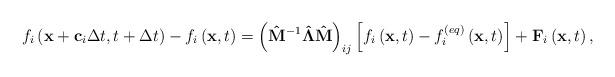
LaTeX: \begin{align*}{f_i}\left( {{\bf{x}} + {{\bf{c}}_i}\Delta t,t + \Delta t} \right) - {f_i}\left( {{\bf{x}},t} \right) = {\left( {{{{\bf{\hat M}}}^{ - 1}}{\bf{\hat \Lambda \hat M}}} \right)_{ij}}\left[ {{f_i}\left( {{\bf{x}},t} \right) - f_i^{\left( {eq} \right)}\left( {{\bf{x}},t} \right)} \right] + {{\bf{F}}_i}\left( {{\bf{x}},t} \right),\end{align*}